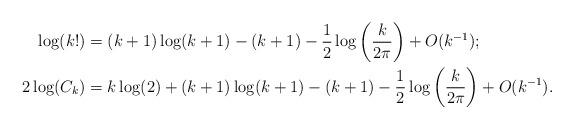
LaTeX: \begin{align*}\log(k!)&=(k+1)\log(k+1)-(k+1)-\frac{1}{2}\log\left(\frac{k}{2\pi}\right) + O(k^{-1});\\2\log(C_k)&=k\log(2)+(k+1)\log(k+1)-(k+1)-\frac{1}{2}\log\left(\frac{k}{2\pi}\right) + O(k^{-1}).\end{align*}